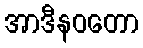
အာဒီနဝတော